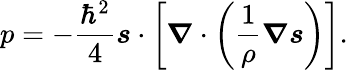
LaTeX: p=-\frac{{\hbar}^{2}}{4}\boldsymbol{s}\cdot\left[\boldsymbol{\nabla}\cdot\left(\frac{1}{\rho}\boldsymbol{\nabla}\boldsymbol{s}\right)\right].